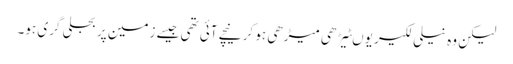
لیکن وہ نیلی لکیر یوںٹیڑھی میڑھی ہو کر نیچے آئی تھی جیسے زمین پر بجلی گری ہو۔